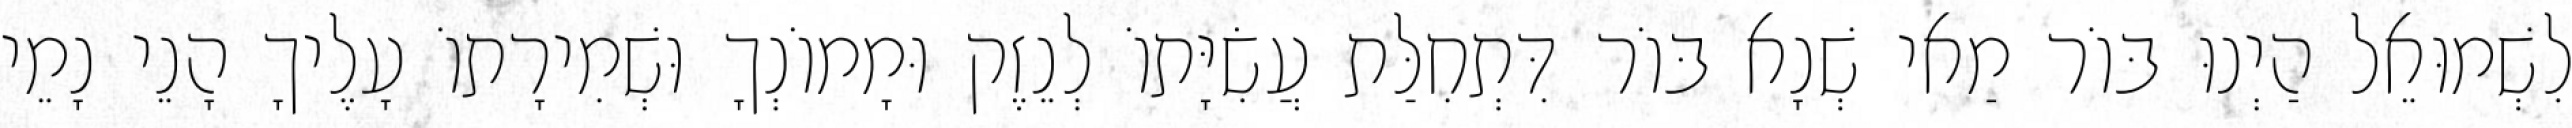
לִשְׁמוּאֵל הַיְנוּ בּוֹר מַאי שְׁנָא בּוֹר דִּתְחִלַּת עֲשִׂיָּתוֹ לְנֵזֶק וּמָמוֹנְךָ וּשְׁמִירָתוֹ עָלֶיךָ הָנֵי נָמֵי